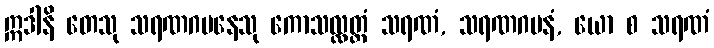
ဣဒါနိ တေသု သရဏဂမနေသု ကောသလ္လတ္ထံ သရဏံ, သရဏဂမနံ, ယော စ သရဏံ